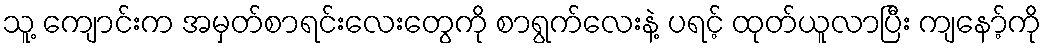
သူ့ ကျောင်းက အမှတ်စာရင်းလေးတွေကို စာရွက်လေးနဲ့ ပရင့် ထုတ်ယူလာပြီး ကျနော့်ကို